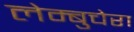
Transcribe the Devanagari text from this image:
लेम्बुचेरा